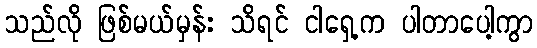
သည်လို ဖြစ်မယ်မှန်း သိရင် ငါရှေ့က ပါတာပေါ့ကွာ